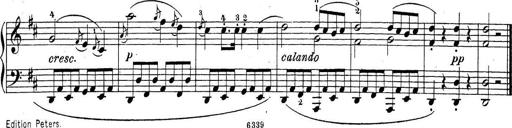
Title: Sonatina Album
Composer: Louis KÃ¶hler